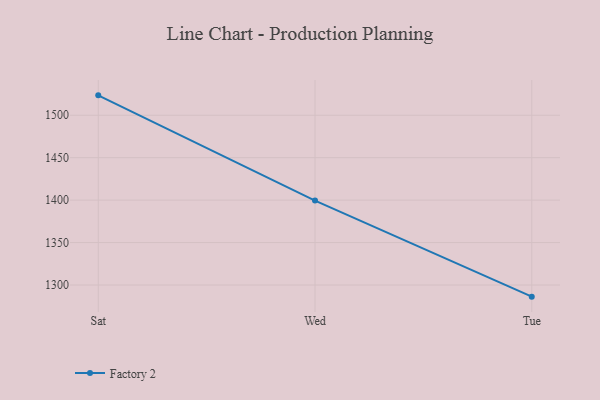
{"axis": {"x": "Day", "y": "Page Views"}, "legend": ["Factory 2"], "data": [{"x": "Sat", "y": 1523.4, "type": "Factory 2"}, {"x": "Wed", "y": 1399.5, "type": "Factory 2"}, {"x": "Tue", "y": 1286.3, "type": "Factory 2"}]}